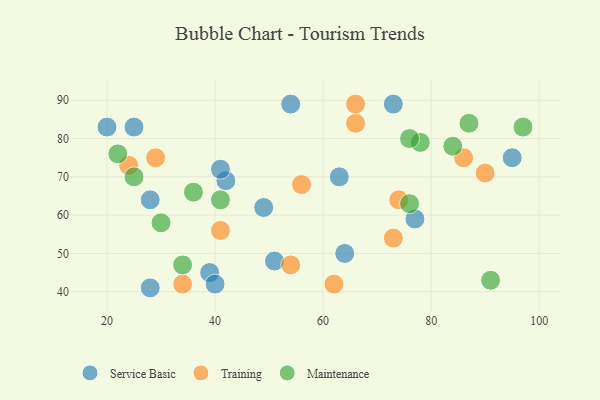
{"axis": {"x": "GDP", "y": "Life Expectancy"}, "legend": ["Maintenance", "Service Basic", "Training"], "data": [{"x": "64", "y": 50, "type": "Service Basic"}, {"x": "49", "y": 62, "type": "Service Basic"}, {"x": "28", "y": 64, "type": "Service Basic"}, {"x": "95", "y": 75, "type": "Service Basic"}, {"x": "77", "y": 59, "type": "Service Basic"}, {"x": "39", "y": 45, "type": "Service Basic"}, {"x": "20", "y": 83, "type": "Service Basic"}, {"x": "42", "y": 69, "type": "Service Basic"}, {"x": "51", "y": 48, "type": "Service Basic"}, {"x": "40", "y": 42, "type": "Service Basic"}, {"x": "54", "y": 89, "type": "Service Basic"}, {"x": "63", "y": 70, "type": "Service Basic"}, {"x": "41", "y": 72, "type": "Service Basic"}, {"x": "28", "y": 41, "type": "Service Basic"}, {"x": "25", "y": 83, "type": "Service Basic"}, {"x": "73", "y": 89, "type": "Service Basic"}, {"x": "86", "y": 75, "type": "Training"}, {"x": "24", "y": 73, "type": "Training"}, {"x": "90", "y": 71, "type": "Training"}, {"x": "54", "y": 47, "type": "Training"}, {"x": "74", "y": 64, "type": "Training"}, {"x": "29", "y": 75, "type": "Training"}, {"x": "62", "y": 42, "type": "Training"}, {"x": "41", "y": 56, "type": "Training"}, {"x": "56", "y": 68, "type": "Training"}, {"x": "73", "y": 54, "type": "Training"}, {"x": "34", "y": 42, "type": "Training"}, {"x": "66", "y": 84, "type": "Training"}, {"x": "66", "y": 89, "type": "Training"}, {"x": "41", "y": 64, "type": "Maintenance"}, {"x": "87", "y": 84, "type": "Maintenance"}, {"x": "91", "y": 43, "type": "Maintenance"}, {"x": "34", "y": 47, "type": "Maintenance"}, {"x": "30", "y": 58, "type": "Maintenance"}, {"x": "78", "y": 79, "type": "Maintenance"}, {"x": "84", "y": 78, "type": "Maintenance"}, {"x": "22", "y": 76, "type": "Maintenance"}, {"x": "25", "y": 70, "type": "Maintenance"}, {"x": "76", "y": 80, "type": "Maintenance"}, {"x": "76", "y": 63, "type": "Maintenance"}, {"x": "36", "y": 66, "type": "Maintenance"}, {"x": "97", "y": 83, "type": "Maintenance"}]}